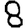
Digit: 8